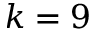
k = 9